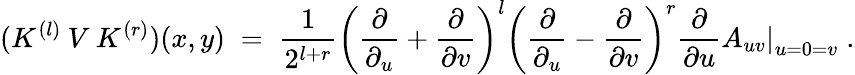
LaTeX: (K^{(l)}\: V\: K^{(r)})(x,y)\; =\; \frac{1}{2^{l+r}}\left(\frac{\partial}{\partial_{u}}+\frac{\partial}{\partial v}\right)^{l}\left(\frac{\partial}{\partial_{u}}-\frac{\partial}{\partial v}\right)^{r}\frac{\partial}{\partial u}\left.A_{uv}\right|_{u=0=v}\; .